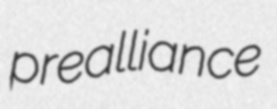
prealliance